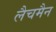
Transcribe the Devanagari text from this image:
लैचमैन